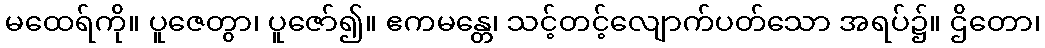
မထေရ်ကို။ ပူဇေတွာ၊ ပူဇော်၍။ ဧကမန္တေ၊ သင့်တင့်လျောက်ပတ်သော အရပ်၌။ ဌိတော၊